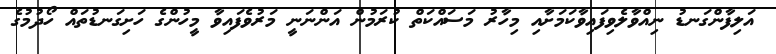
އަލިފާންގަނޑު ނިއްވާލެވިފައިވާކަމަށާއި މިހާރު މަސައްކަތް ކުރަމުން އަންނަނީ މަރުވެފައިވާ މީހުންގެ ހަށިގަނޑުތައް ހޯދުމުގެ